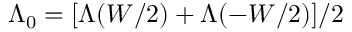
\Lambda _ { 0 } = [ \Lambda ( W / 2 ) + \Lambda ( - W / 2 ) ] / 2